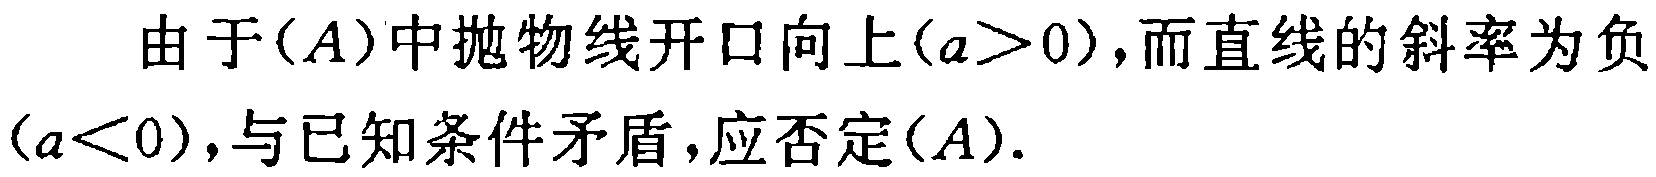
由于\((A)\)中抛物线开口向上\((a>0)\)，而直线的斜率为负\((a<0)\)，与已知条件矛盾，应否定\((A)\)。